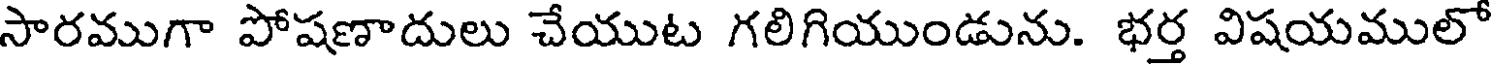
సారముగా పోషణాదులు చేయుట గలిగియుండును. భర్త విషయములో